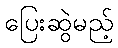
ပြေးဆွဲမည့်